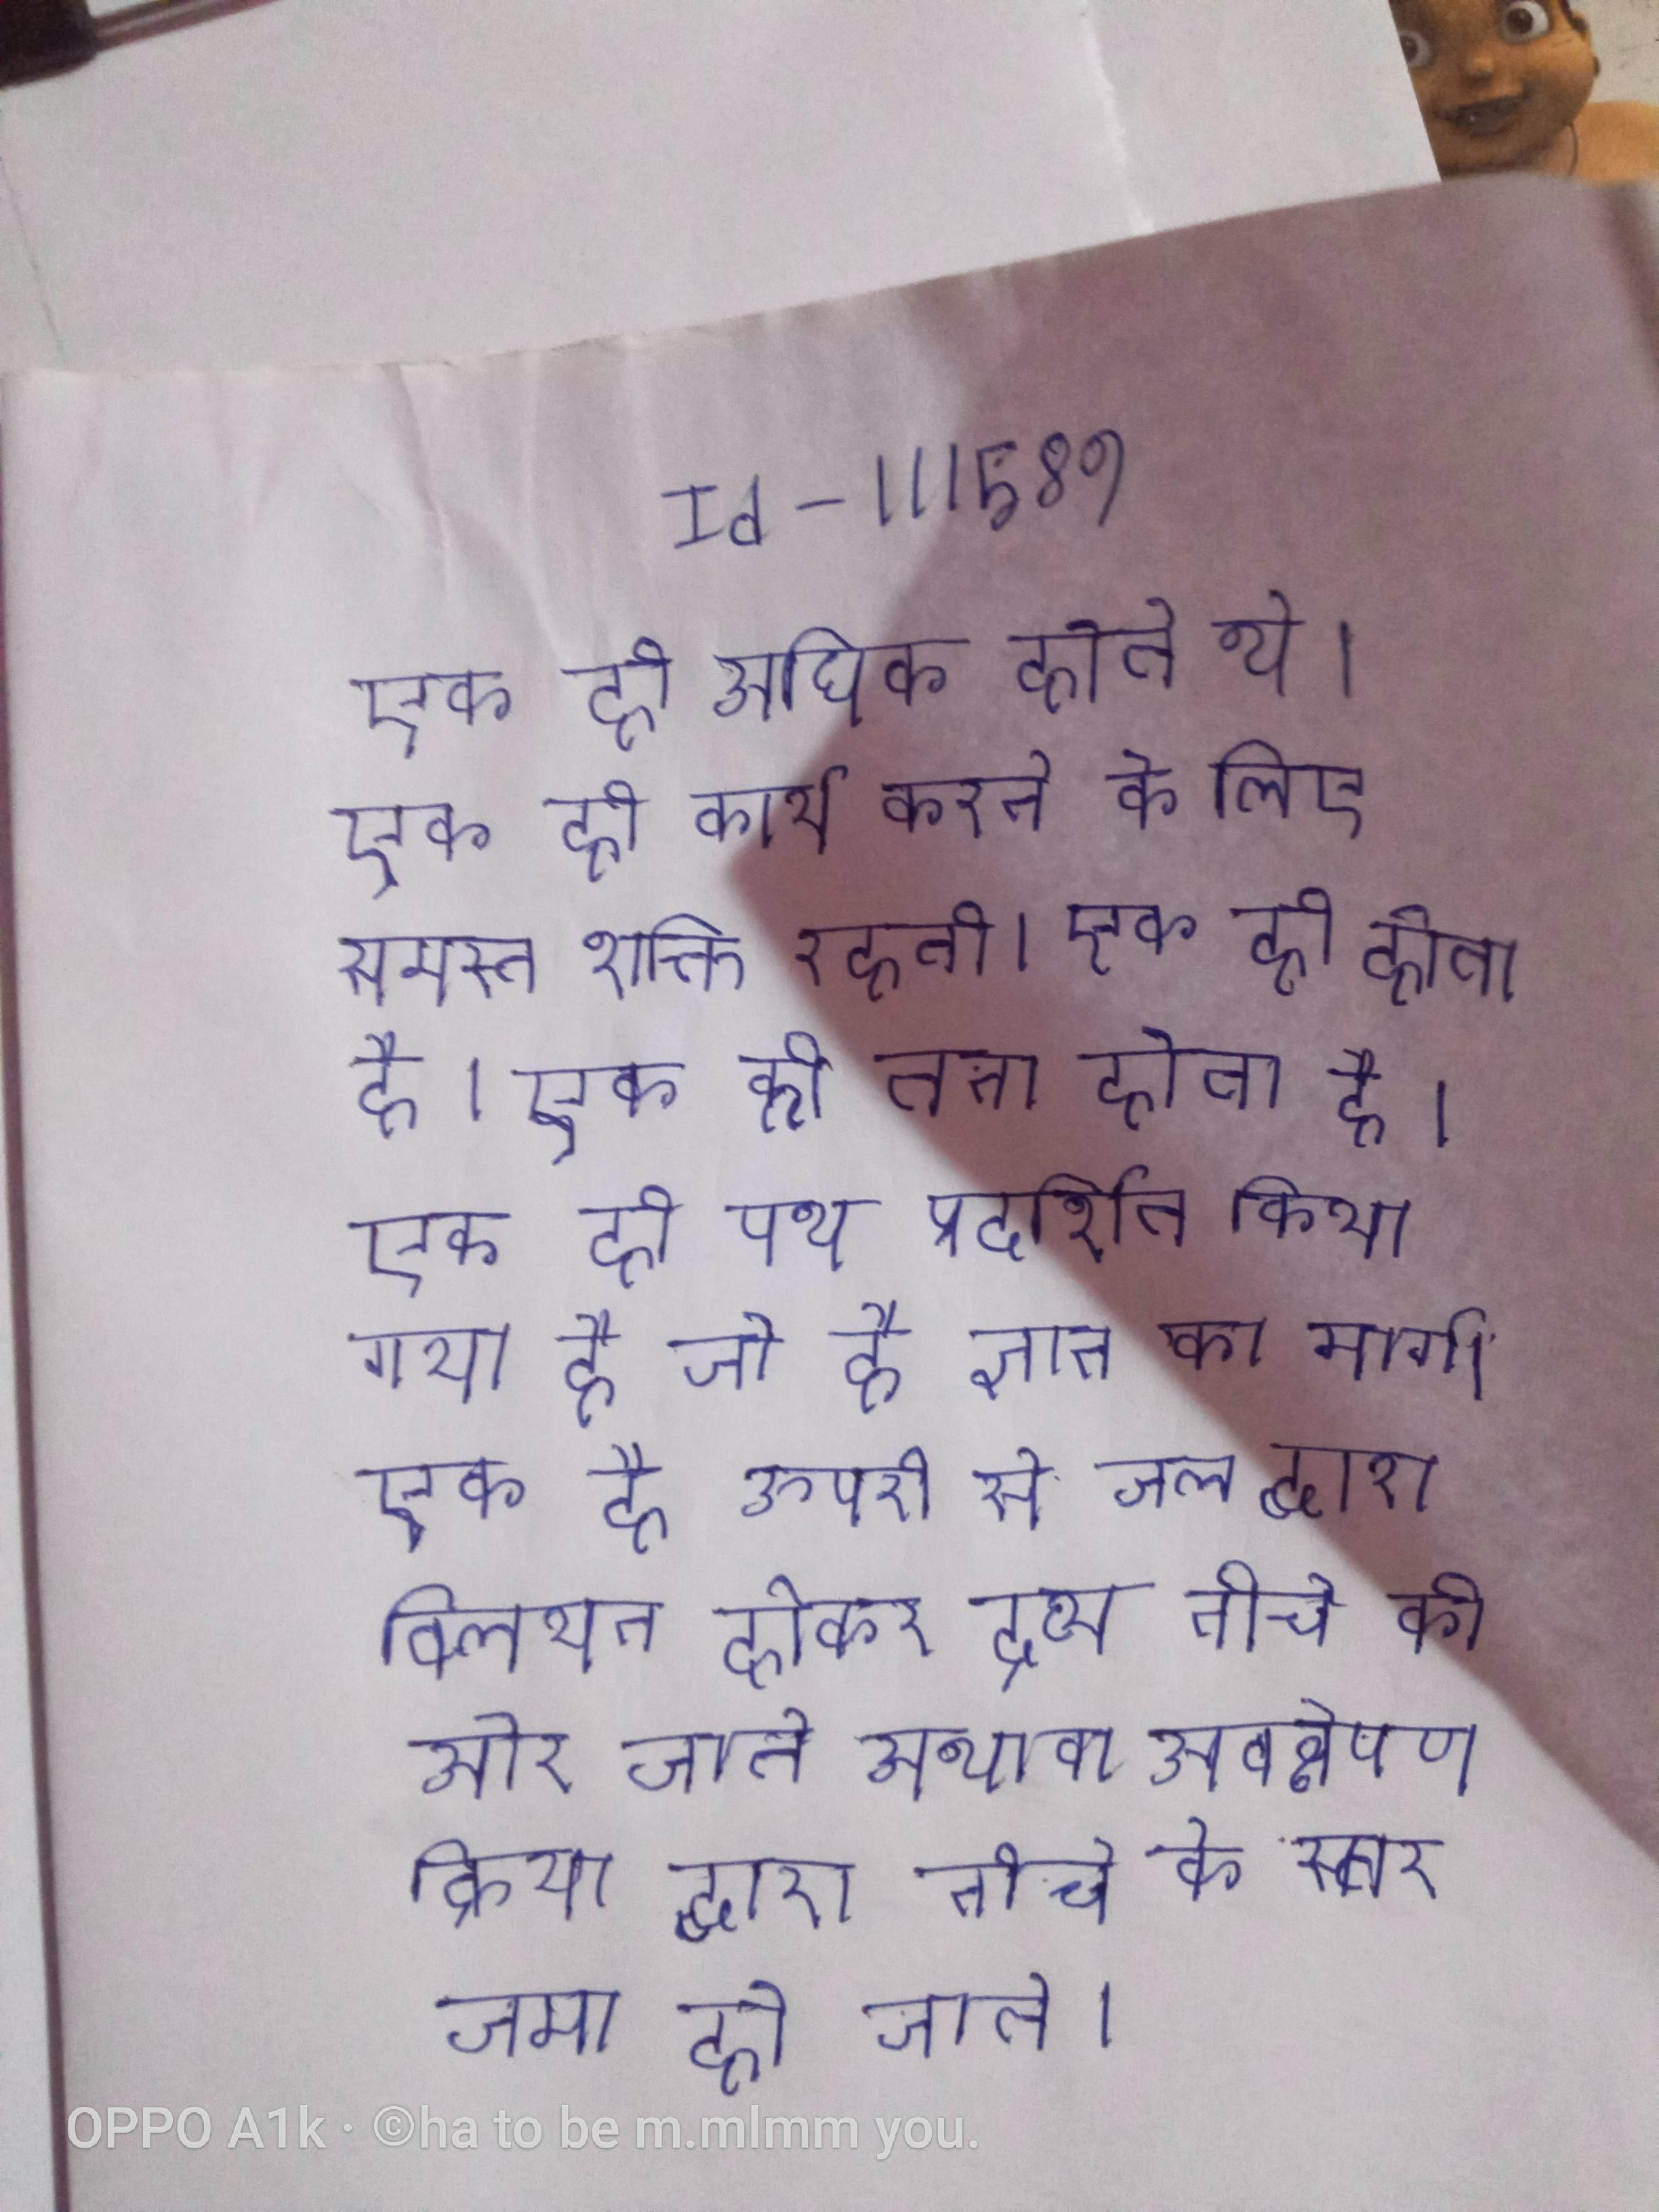
एक ही अधिक होते थे । एक ही कार्य करने के लिए समस्त शक्ति रहती । एक ही होता है । एक ही तना होता है । एक ही पथ प्रदर्शित किया गया है जो है ज्ञान का मार्ग । एक है ऊपरी से जल द्वारा विलयन होकर द्रव्य नीचे की ओर जाते अथवा अवक्षेपण क्रिया द्वारा नीचे के स्तर जमा हो जाते ।